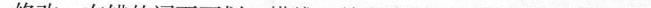
修改：在错的词下面划一横线，并在该词下面写出修改后的词。